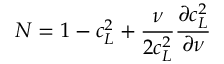
N = 1 - c _ { L } ^ { 2 } + \frac \nu { 2 c _ { L } ^ { 2 } } \frac { \partial c _ { L } ^ { 2 } } { \partial \nu }